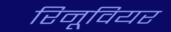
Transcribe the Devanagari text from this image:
रिनूवियर